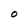
Character: O